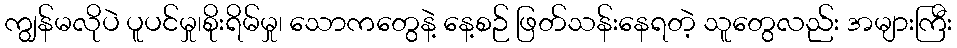
ကျွန်မလိုပဲ ပူပင်မှု၊စိုးရိမ်မှု၊ သောကတွေနဲ့ နေ့စဉ် ဖြတ်သန်းနေရတဲ့ သူတွေလည်း အများကြီး